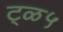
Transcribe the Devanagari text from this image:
ट्ळ५